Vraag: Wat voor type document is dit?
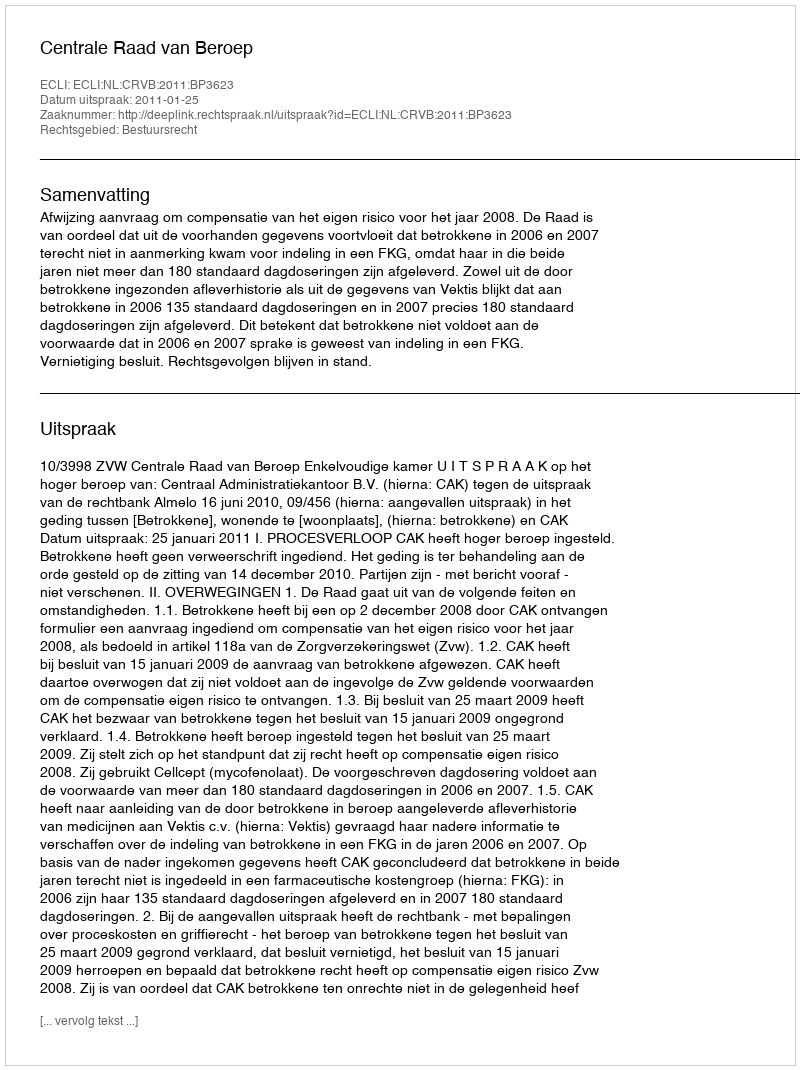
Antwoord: Uitspraak